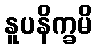
နူပနိက္ခမိ